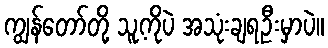
ကျွန်တော်တို့ သူ့ကိုပဲ အသုံးချရဦးမှာပဲ။